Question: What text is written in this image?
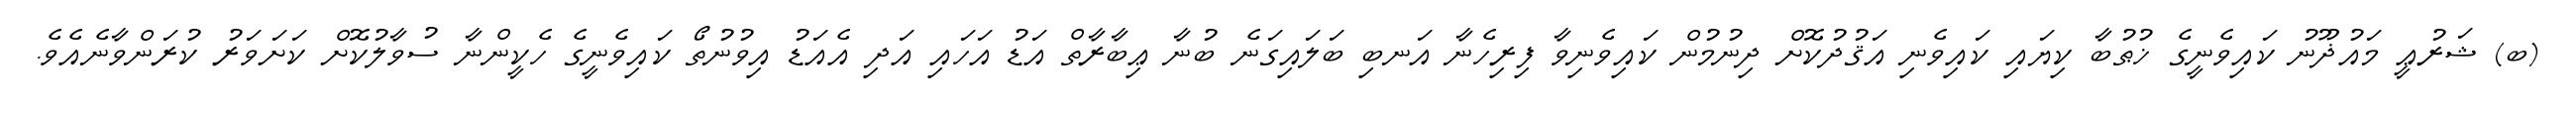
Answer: (ބ) ޝަރުޢީ މައުޛޫނު ކައިވެނީގެ ޚުޠުބާ ކިޔައި ކައިވެނި އަޤުދުކޮށް ދިނުމުން ކައިވެނިވާ ފިރިހެނާ އަނބި ބަލައިގަނެ ބުނާ ޢިބާރާތް އަޑު އަހައި އަދި އެއަޑު އިވުނުތޯ ކައިވެނީގެ ހެކީންނާ ސުވާލުކޮށް ކަށަވަރު ކުރަންވާނެއެވެ.